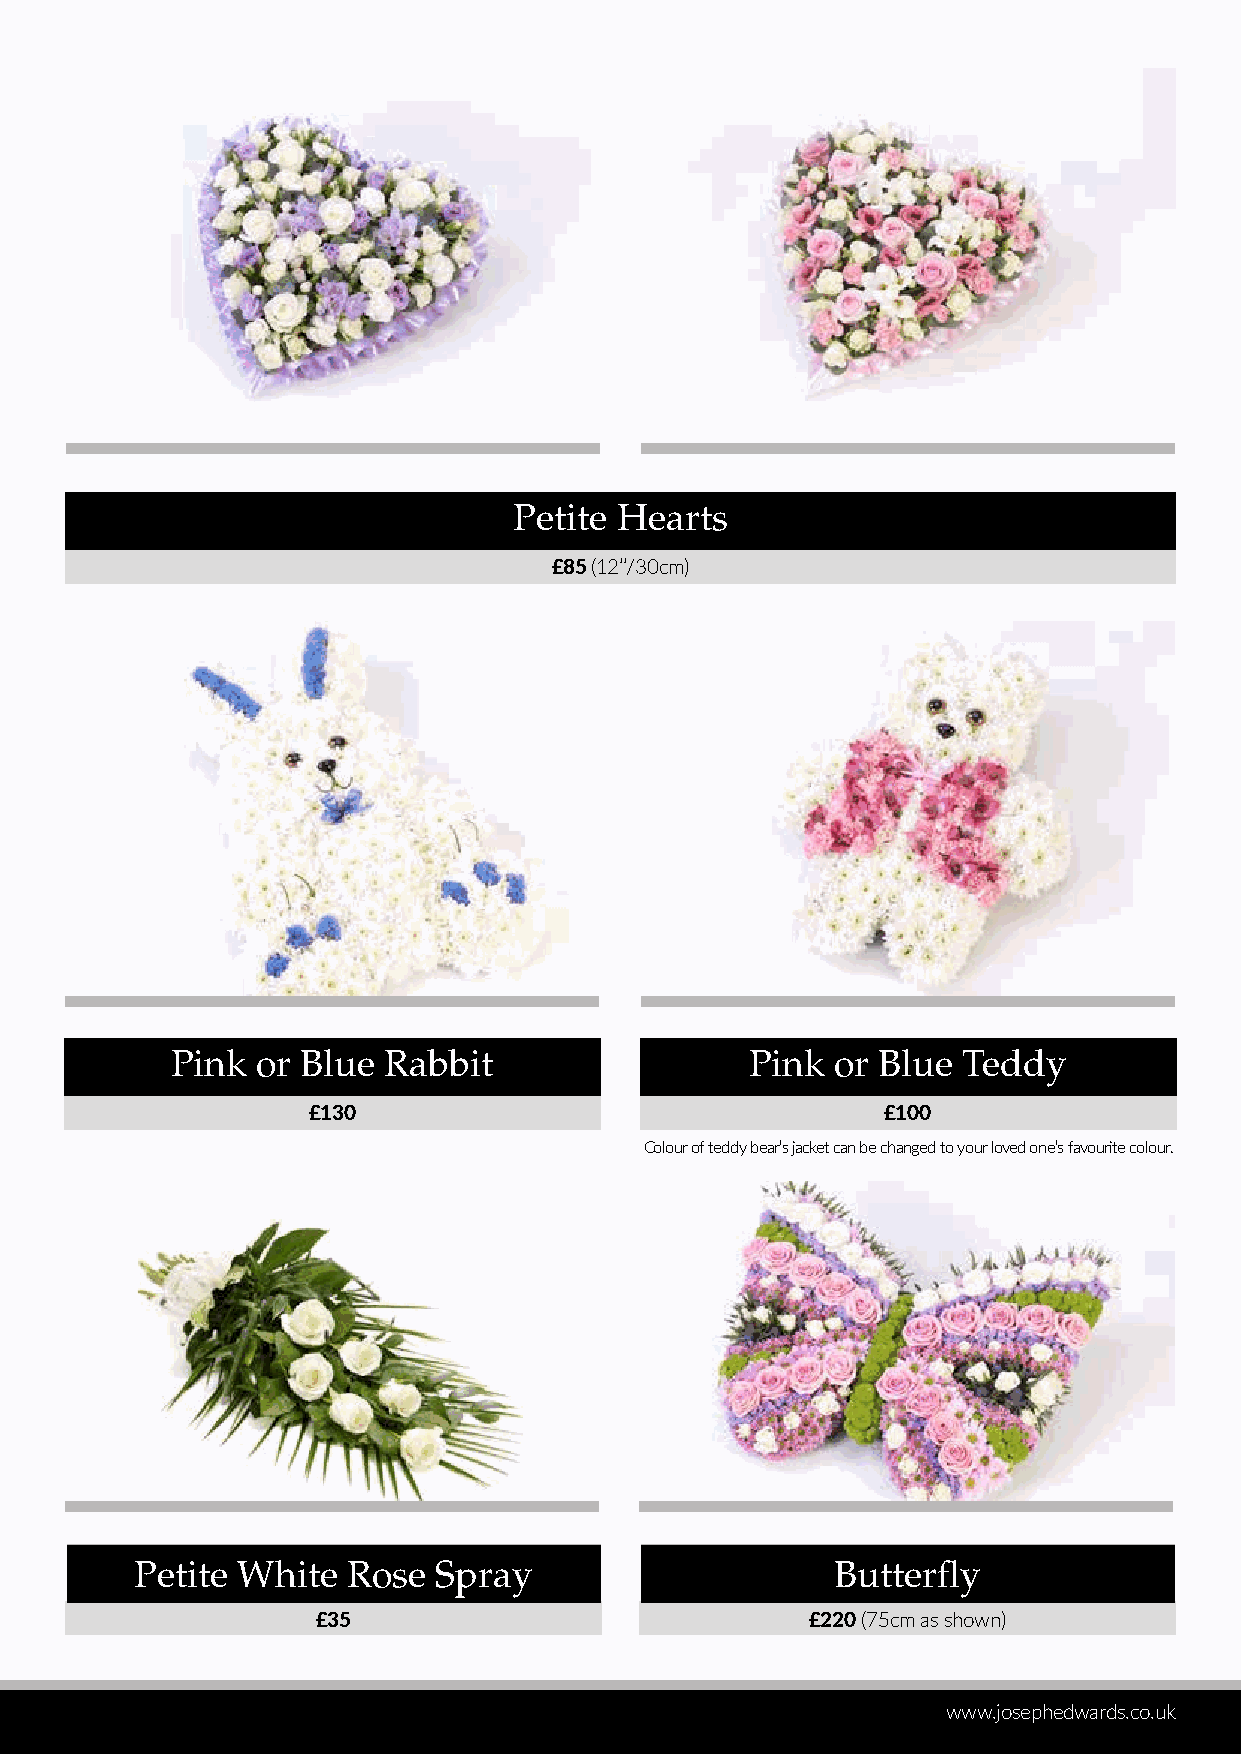
Petite Hearts
 £85 (12’’/30cm)
 Pink  or Blue Rabbit                   Pink or Blue  Teddy
 £130                                   £100
 Colour of teddy bear’s jacket can be changed to your loved one’s favourite colour.
 Petite White  Rose  Spray                     Butterfly
 £35                              £220 (75cm as shown)
 www.josephedwards.co.uk